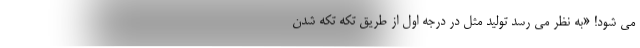
می‌ شود! «به نظر می رسد تولید مثل در درجه اول از طریق تکه تکه شدن